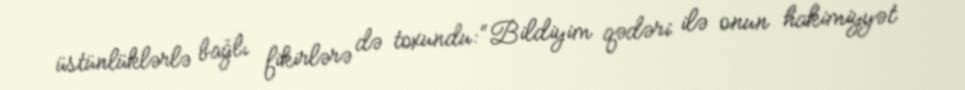
üstünlüklərlə bağlı fikirlərə də toxundu: “Bildiyim qədəri ilə onun hakimiyyət